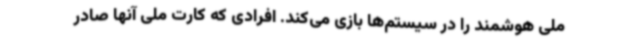
ملی هوشمند را در سیستم‌ها بازی می‌کند. افرادی که کارت ملی آنها صادر